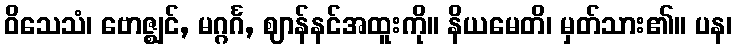
ဝိသေသံ၊ ဗောဇ္ဈင်, မဂ္ဂင်္ဂ, ဈာန်နင်အထူးကို။ နိယမေတိ၊ မှတ်သား၏။ ပန၊